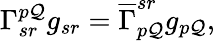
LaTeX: \Gamma_{sr}^{p\mathcal{Q}}g_{sr}=\overline{{{{\Gamma}}}}_{p\mathcal{Q}}^{sr}g_{p\mathcal{Q}},